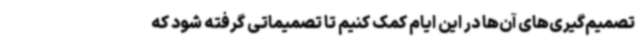
تصمیم‌گیری‌های آن‌ها در این ایام کمک کنیم تا تصمیماتی گرفته شود که